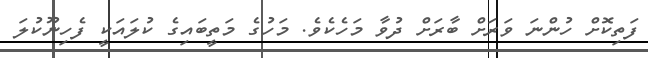
ފަތިކޮށް ހުންނަ ވަރަށް ބާރަށް ދުވާ މަހެކެވެ. މަހުގެ މަތީބައިގެ ކުލައަކީ ފެހިނޫކުލަ